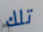
تلك